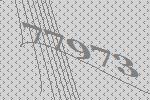
77973